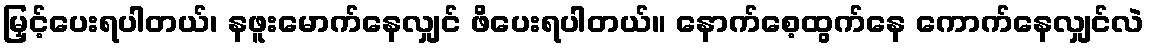
မြှင့်ပေးရပါတယ်၊ နဖူးမောက်နေလျှင် ဖိပေးရပါတယ်။ နောက်စေ့ထွက်နေ ကောက်နေလျှင်လဲ